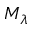
M _ { \lambda }